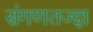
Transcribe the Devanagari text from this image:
संगणतज्ज्ञ